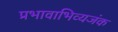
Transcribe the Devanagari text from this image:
प्रभावाभिव्यजंक